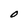
Character: O